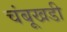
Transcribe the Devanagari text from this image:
चंबूखडी